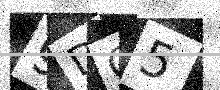
Text: 9DG5